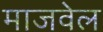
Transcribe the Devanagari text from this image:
माजवेल